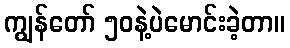
ကျွန်တော် ၅၀နဲ့ပဲမောင်းခဲ့တာ။